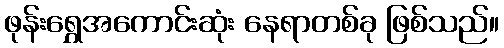
ဖုန်းရွှေအကောင်းဆုံး နေရာတစ်ခု ဖြစ်သည်။